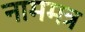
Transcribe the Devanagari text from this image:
नाममत्र